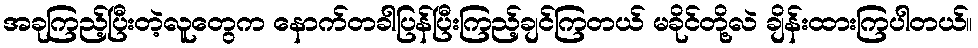
အခုကြည့်ပြီးတဲ့လူတွေက နောက်တခါပြန်ပြီးကြည့်ချင်ကြတယ် မခိုင်တို့လဲ ချိန်းထားကြပါတယ်။